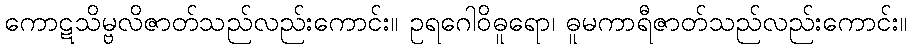
ကောဋသိမ္ဗလိဇာတ်သည်လည်းကောင်း။ ဥရဂေါဝိဓူရော၊ ဓူမကာရီဇာတ်သည်လည်းကောင်း။